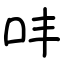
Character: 㕩